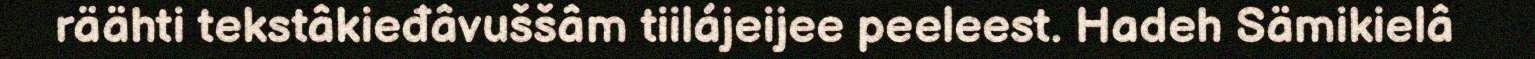
räähti tekstâkieđâvuššâm tiilájeijee peeleest. Hadeh Sämikielâ